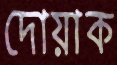
দোয়াক